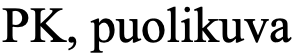
PK, puolikuva